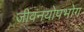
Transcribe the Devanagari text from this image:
जीवनयोपभोग